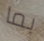
بما